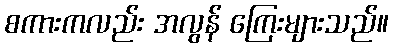
စကားကလည်း အလွန် ကြေးများသည်။